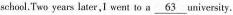
school. Two years later ,I went to a \underline{63} university.